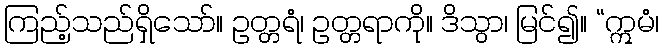
ကြည့်သည်ရှိသော်။ ဥတ္တရံ၊ ဥတ္တရာကို။ ဒိသွာ၊ မြင်၍။ “ဣမံ၊